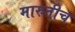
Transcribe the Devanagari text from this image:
मारुतीच